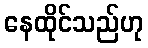
နေထိုင်သည်ဟု